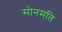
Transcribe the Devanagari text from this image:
सोनमति